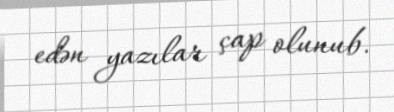
edən yazılar çap olunub.